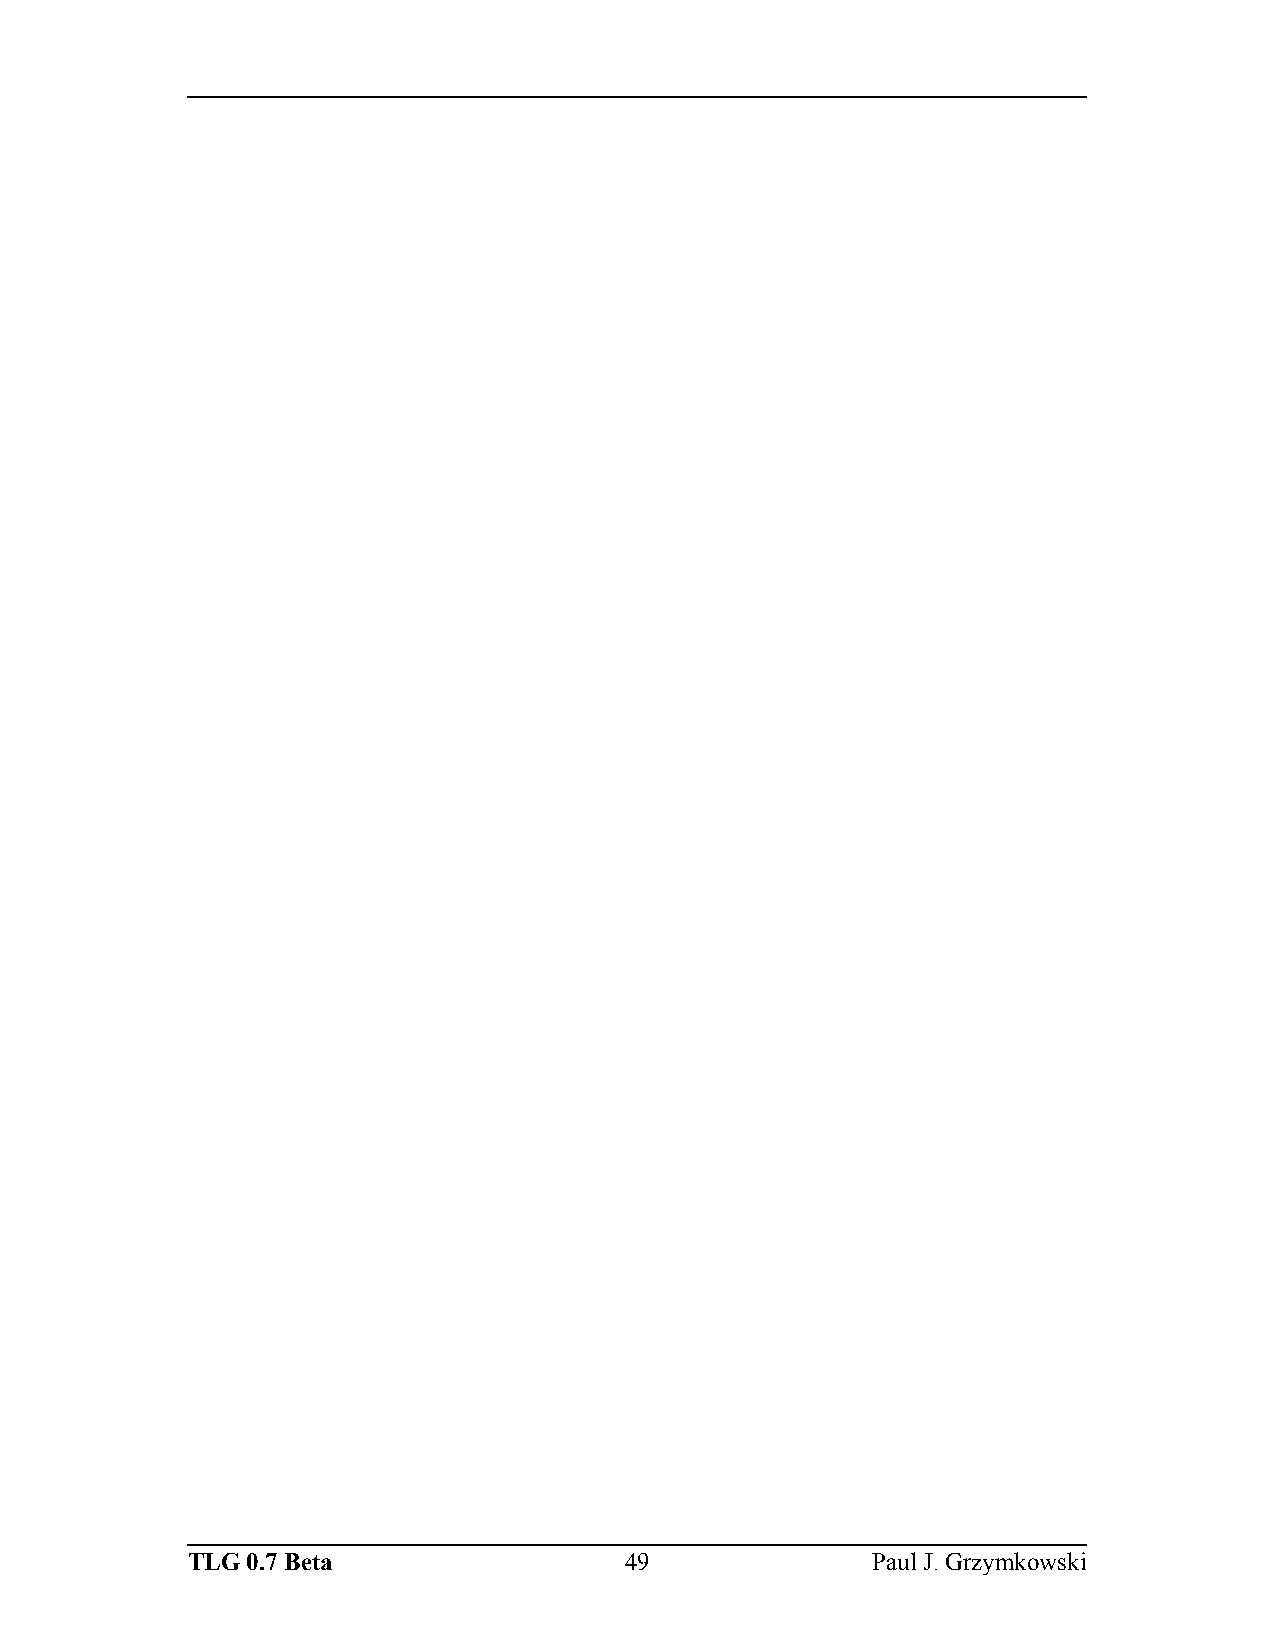
TLG 0.7 Beta                 49               Paul J. Grzymkowski